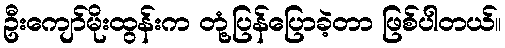
ဦးကျော်မိုးထွန်းက တုံ့ပြန်ပြောခဲ့တာ ဖြစ်ပါတယ်။